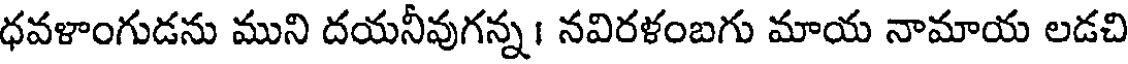
ధవళాంగుడను ముని దయనీవుగన్న నవిరళంబగు మాయ నామాయ లడచి